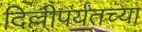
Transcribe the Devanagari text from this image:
दिल्लीपर्यंतच्या